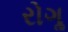
રોગૢ